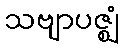
သဗျာပဇ္ဈံ